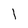
Character: 1